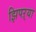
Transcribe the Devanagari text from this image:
झिपऱ्या